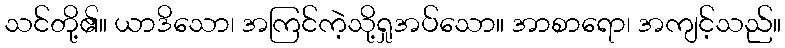
သင်တို့၏။ ယာဒိသော၊ အကြင်ကဲ့သို့ရှုအပ်သော။ အာစာရော၊ အကျင့်သည်။